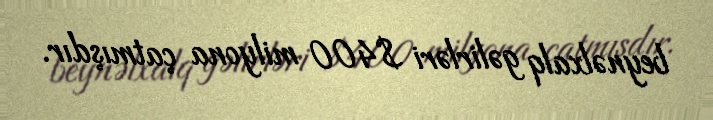
beynəlxalq gəlirləri $400 milyona çatmışdır.